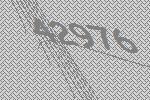
42976